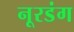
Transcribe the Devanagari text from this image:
नूरडंग